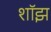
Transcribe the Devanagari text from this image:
शॉझ